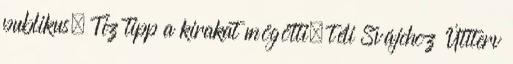
publikus. Tíz tipp a kirakat mögötti, téli Svájchoz Útiterv